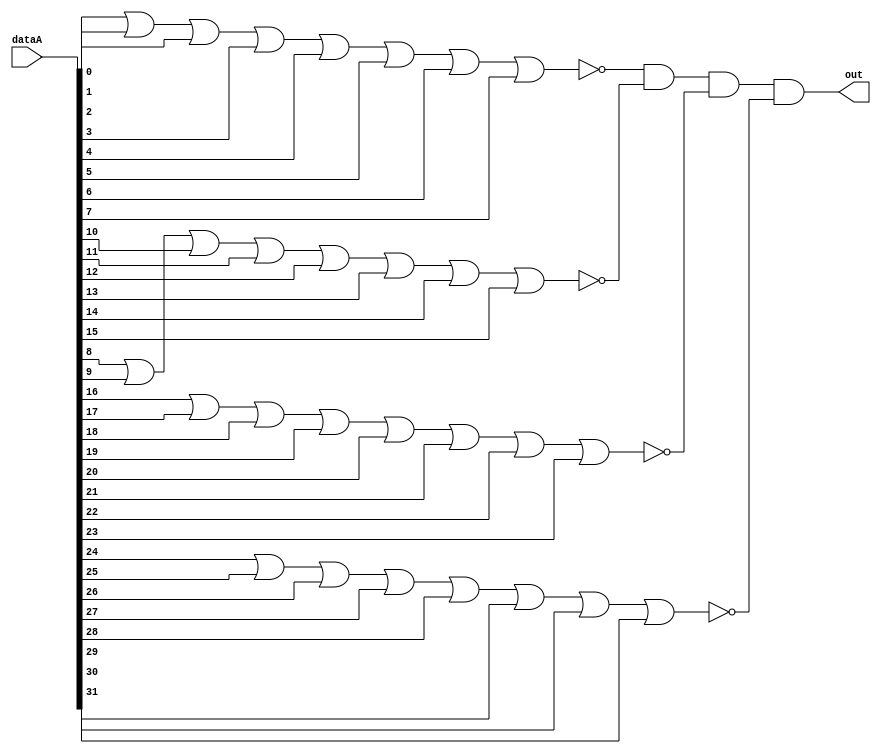
module equalsZero(dataA,out);
    input [31:0] dataA;
    output out;
    wire w1,w2,w3,w4;

    nor nor1(w1,dataA[0],dataA[1],dataA[2],dataA[3],dataA[4],dataA[5],dataA[6],dataA[7]);
    nor nor2(w2,dataA[8],dataA[9],dataA[10],dataA[11],dataA[12],dataA[13],dataA[14],dataA[15]);
    nor nor3(w3,dataA[16],dataA[17],dataA[18],dataA[19],dataA[20],dataA[21],dataA[22],dataA[23]);
    nor nor4(w4,dataA[24],dataA[25],dataA[26],dataA[27],dataA[28],dataA[29],dataA[30],dataA[31]);

    and(out,w1,w2,w3,w4);

endmodule